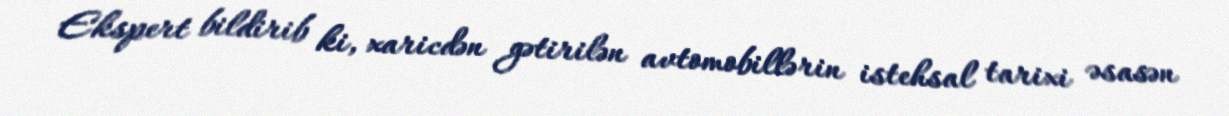
Ekspert bildirib ki, xaricdən gətirilən avtomobillərin istehsal tarixi əsasən